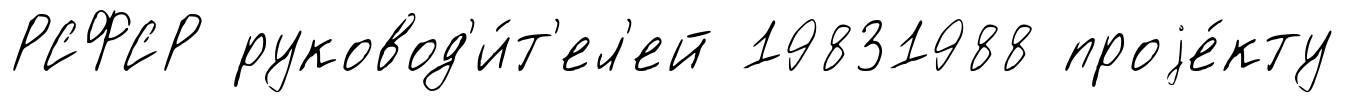
РСФСР руковод'и́т'ел'ей 19831988 проjе́кту